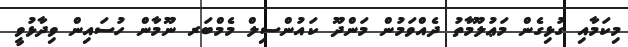
މިކަމާއި ގުޅިގެން މަޢުލޫމާތު ދެއްވަމުން މަންދޫ ކައުންސިލް މެމްބަރ ނޫމާން ހުސައިން ވިދާޅުވީ